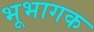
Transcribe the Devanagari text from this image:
भूभागक